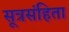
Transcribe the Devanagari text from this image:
सूत्रसंहिता